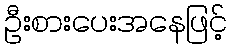
ဦးစားပေးအနေဖြင့်